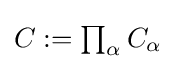
{\textstyle C:=\prod _{\alpha }C_{\alpha }}